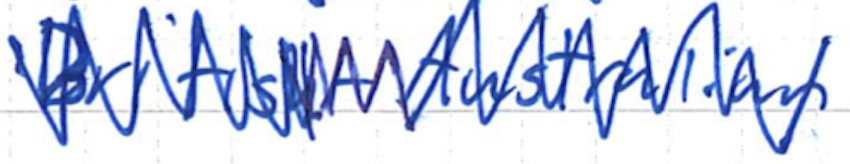
Text: British-Australian
Cross-out: zig-zag
Writing tool: ballpoint